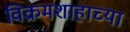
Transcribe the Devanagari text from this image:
विक्रमशाहाच्या